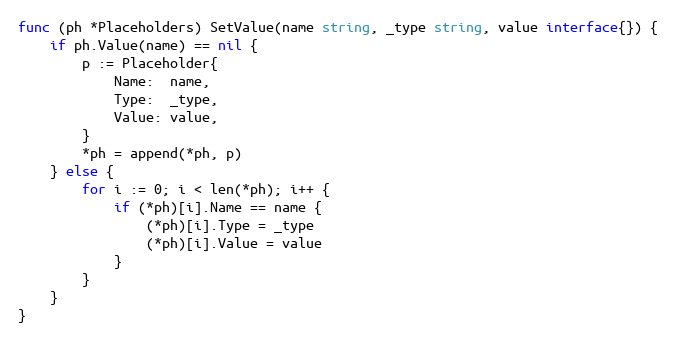
Language: Go
func (ph *Placeholders) SetValue(name string, _type string, value interface{}) {
	if ph.Value(name) == nil {
		p := Placeholder{
			Name:  name,
			Type:  _type,
			Value: value,
		}
		*ph = append(*ph, p)
	} else {
		for i := 0; i < len(*ph); i++ {
			if (*ph)[i].Name == name {
				(*ph)[i].Type = _type
				(*ph)[i].Value = value
			}
		}
	}
}